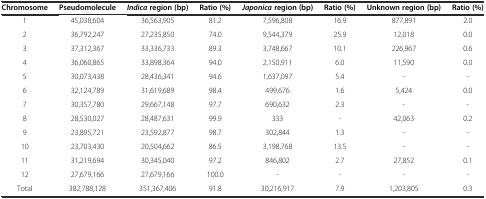
<table><thead><tr><td><b>Chromosome</b></td><td><b>Pseudomolecule</b></td><td><b><i>Indica</i>region (bp)</b></td><td><b>Ratio (%)</b></td><td><b><i>Japonica</i>region (bp)</b></td><td><b>Ratio (%)</b></td><td><b>Unknown region (bp)</b></td><td><b>Ratio (%)</b></td></tr></thead><tbody><tr><td>1</td><td>45,038,604</td><td>36,563,905</td><td>81.2</td><td>7,596,808</td><td>16.9</td><td>877,891</td><td>2.0</td></tr><tr><td>2</td><td>36,792,247</td><td>27,235,850</td><td>74.0</td><td>9,544,379</td><td>25.9</td><td>12,018</td><td>0.0</td></tr><tr><td>3</td><td>37,312,367</td><td>33,336,733</td><td>89.3</td><td>3,748,667</td><td>10.1</td><td>226,967</td><td>0.6</td></tr><tr><td>4</td><td>36,060,865</td><td>33,898,364</td><td>94.0</td><td>2,150,911</td><td>6.0</td><td>11,590</td><td>0.0</td></tr><tr><td>5</td><td>30,073,438</td><td>28,436,341</td><td>94.6</td><td>1,637,097</td><td>5.4</td><td>-</td><td>-</td></tr><tr><td>6</td><td>32,124,789</td><td>31,619,689</td><td>98.4</td><td>499,676</td><td>1.6</td><td>5,424</td><td>0.0</td></tr><tr><td>7</td><td>30,357,780</td><td>29,667,148</td><td>97.7</td><td>690,632</td><td>2.3</td><td>-</td><td>-</td></tr><tr><td>8</td><td>28,530,027</td><td>28,487,631</td><td>99.9</td><td>333</td><td>-</td><td>42,063</td><td>0.2</td></tr><tr><td>9</td><td>23,895,721</td><td>23,592,877</td><td>98.7</td><td>302,844</td><td>1.3</td><td>-</td><td>-</td></tr><tr><td>10</td><td>23,703,430</td><td>20,504,662</td><td>86.5</td><td>3,198,768</td><td>13.5</td><td>-</td><td>-</td></tr><tr><td>11</td><td>31,219,694</td><td>30,345,040</td><td>97.2</td><td>846,802</td><td>2.7</td><td>27,852</td><td>0.1</td></tr><tr><td>12</td><td>27,679,166</td><td>27,679,166</td><td>100.0</td><td>-</td><td>-</td><td>-</td><td>-</td></tr><tr><td>Total</td><td>382,788,128</td><td>351,367,406</td><td>91.8</td><td>30,216,917</td><td>7.9</td><td>1,203,805</td><td>0.3</td></tr></tbody></table>